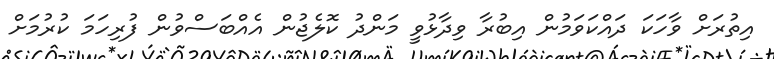
އިތުރަށް ވާހަކަ ދައްކަވަމުން އިބުރާ ވިދާޅުވީ މަންދު ކޮލެޖުން އެއްބަސްވުން ފުރިހަމަ ކުރުމަށް